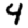
Digit: 4